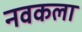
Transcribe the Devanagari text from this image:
नवकला